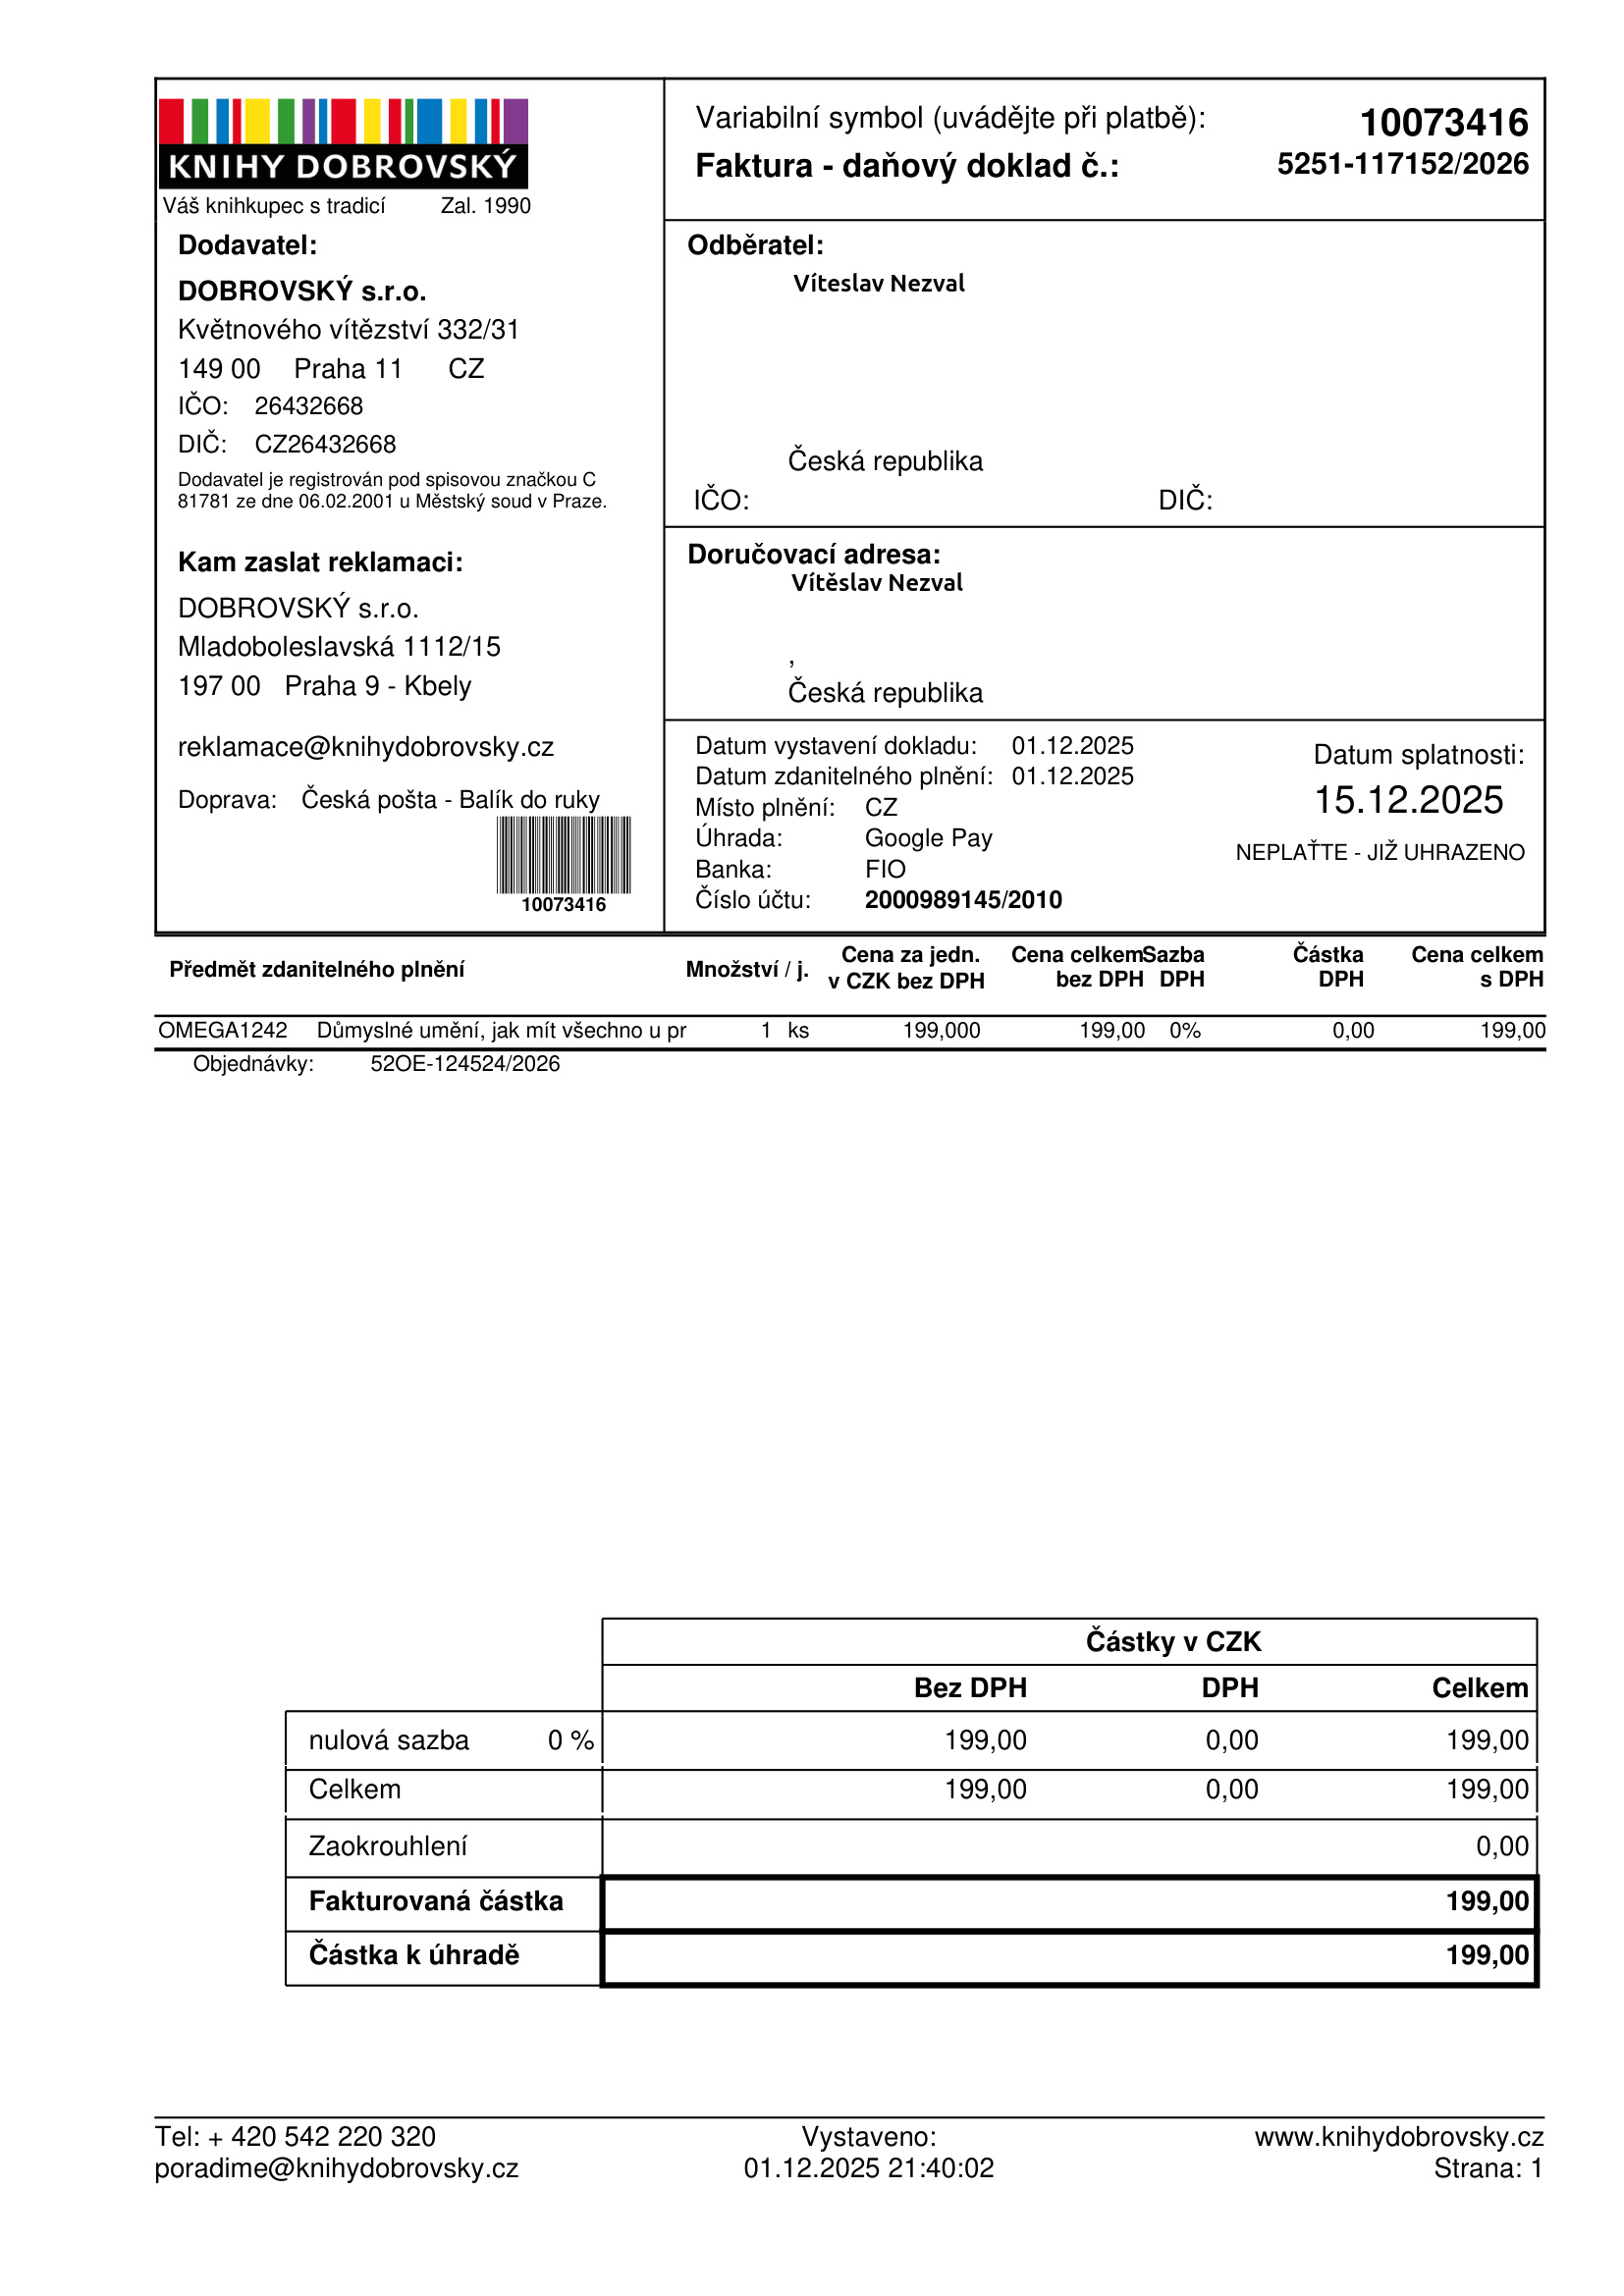
invoice_number: 5251-117152/2026
supp_register_id: 26432668
supp_tax_id: CZ26432668
issue_date: 01.12.2025
taxable_supply_date: 01.12.2025
due_date: 15.12.2025
payment_type: Google Pay
bank_account_number: 2000989145/2010
variable_symbol: 10073416
total: 199,00